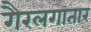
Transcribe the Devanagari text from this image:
गैरलगातार